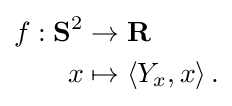
{\begin{aligned}f:\mathbf {S} ^{2}&\to \mathbf {R} \\x&\mapsto \langle Y_{x},x\rangle \,.\end{aligned}}